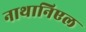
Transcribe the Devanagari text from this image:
नाथानिएल